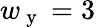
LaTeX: w_{\mathrm{~y~}}=3